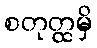
စတုတ္ထမှိ